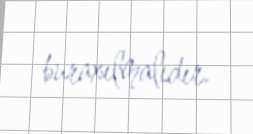
buraxılmalıdır.